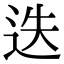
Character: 迭